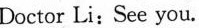
Doctor Li:See you.